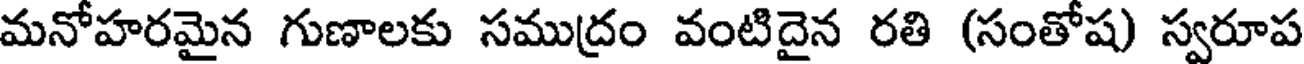
మనోహరమైన గుణాలకు సముద్రం వంటిదైన రతి (సంతోష) స్వరూప